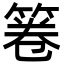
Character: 箞